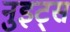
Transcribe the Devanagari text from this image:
नुइट्स